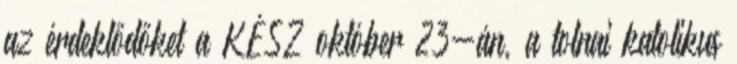
az érdeklődőket a KÉSZ október 23-án, a tolnai katolikus